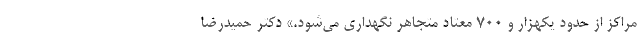
مراکز از حدود یکهزار و ۷۰۰ معتاد متجاهر نگهداری می‌شود.» دکتر حمیدرضا‌